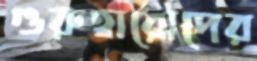
গুরুত্বারোপের